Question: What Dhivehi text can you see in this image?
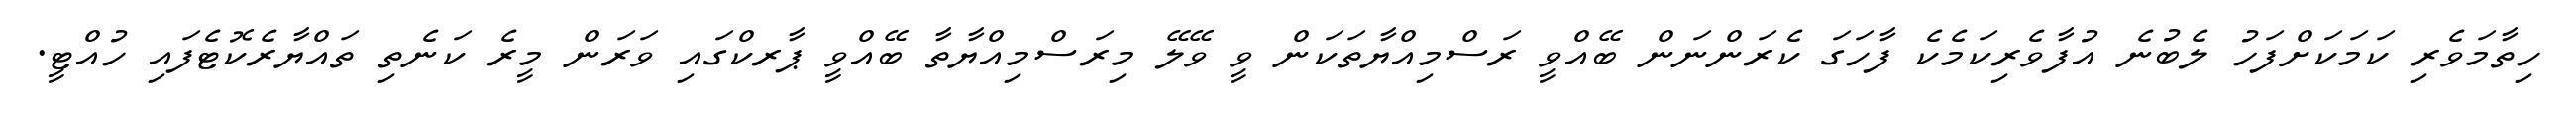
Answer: ހިތާމަވެރި ކަމަކަށްފަހު ލެބުނެ އުފާވެރިކަމެކެ ފާހަގަ ކެރަންނަން ބޭއްވީ ރަސްމިއްޔާތަކަން ވީ ވޭލޭ މިރަސްމިއްޔާތާ ބޭއްވީ ޕާރކްގައި ވަރަން މީރެ ކަނެތި ތައްޔާރެކޮޓެފައި ހުއްޓީ.